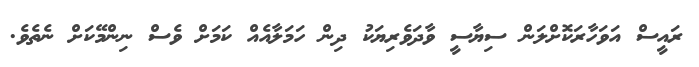
ރައީސް އަވަހާރަކޮށްލަން ސިޔާސީ ވާދަވެރިޔަކު ދިން ހަމަލާއެއް ކަމަށް ވެސް ނިންމޭކަށް ނެތެވެ.